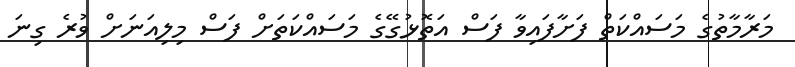
މަރާމާތުގެ މަސައްކަތް ފަށާފައިވާ ފަސް އަތޮޅުގޭގެ މަސައްކަތަށް ފަސް މިލިއަނަށް ވުރެ ގިނަ